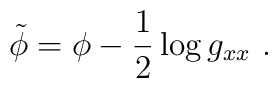
\tilde \phi  = \phi - {1\over 2} \log g_{xx} \ .